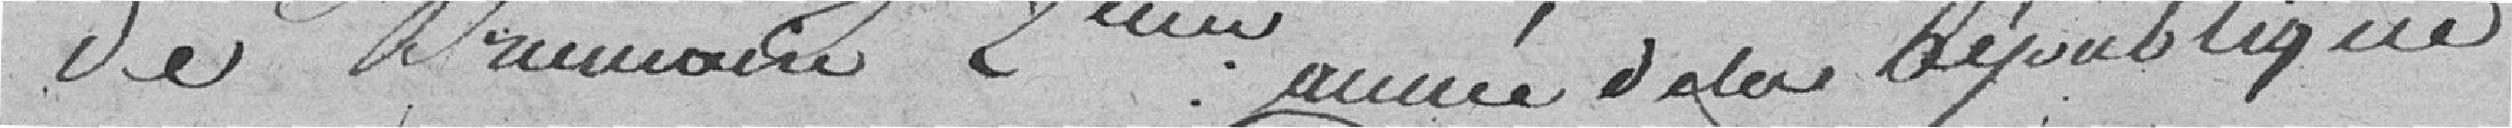
de Brumaire 2ème année de la République